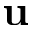
\textbf { u }